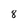
Character: 8